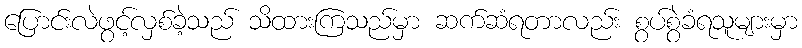
ပြောင်းလဲဖွင့်လှစ်ခဲ့သည် သိထားကြသည်မှာ ဆက်ဆံရတာလည်း စွပ်စွဲခံရသူများမှာ